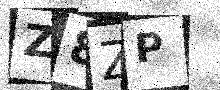
Text: Z8ZP